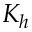
K _ { h }